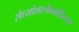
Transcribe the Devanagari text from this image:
संध्यांशश्चैवताद्वियः॥